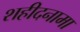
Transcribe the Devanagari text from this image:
शहीदनामा